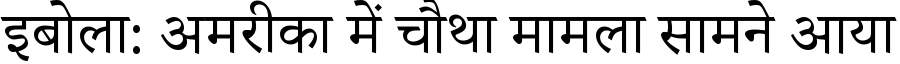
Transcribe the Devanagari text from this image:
इबोला: अमरीका में चौथा मामला सामने आया